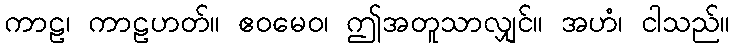
ကာဠ၊ ကာဠဟတ်။ ဧဝမေဝ၊ ဤအတူသာလျှင်။ အဟံ၊ ငါသည်။